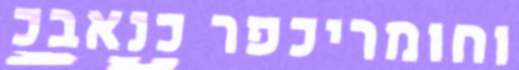
וחומריכפר כנאבכ